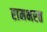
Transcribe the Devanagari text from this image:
रामभरत